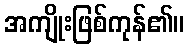
အကျိုးဖြစ်ကုန်၏။